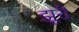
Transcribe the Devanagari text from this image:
झूरी